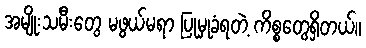
အမျိုးသမီးတွေ မဖွယ်မရာ ပြုမှုခံရတဲ့ ကိစ္စတွေရှိတယ်။